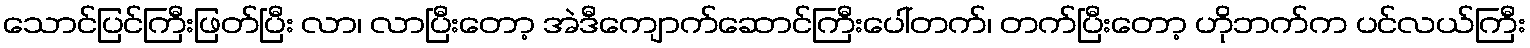
သောင်ပြင်ကြီးဖြတ်ပြီး လာ၊ လာပြီးတော့ အဲဒီကျောက်ဆောင်ကြီးပေါ်တက်၊ တက်ပြီးတော့ ဟိုဘက်က ပင်လယ်ကြီး